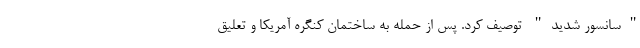
"سانسور شدید" توصیف کرد. پس از حمله به ساختمان کنگره آمریکا و تعلیق